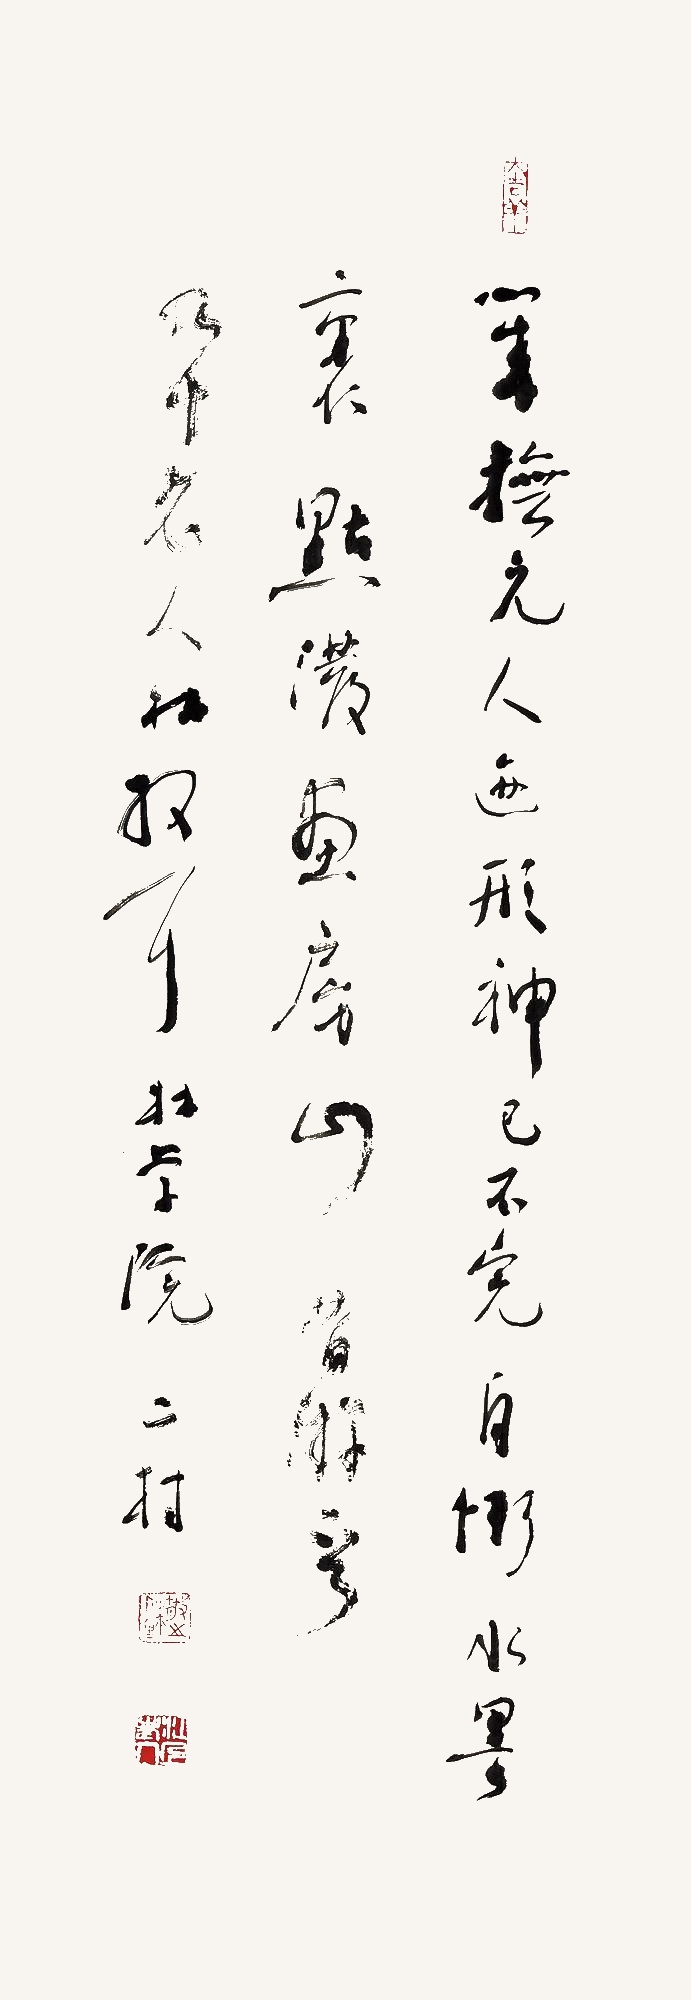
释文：几摹元人迹，形神已不完。自惭水墨里，点泼画房山。《昔游》一首。九十老人林散耳林学院二村。